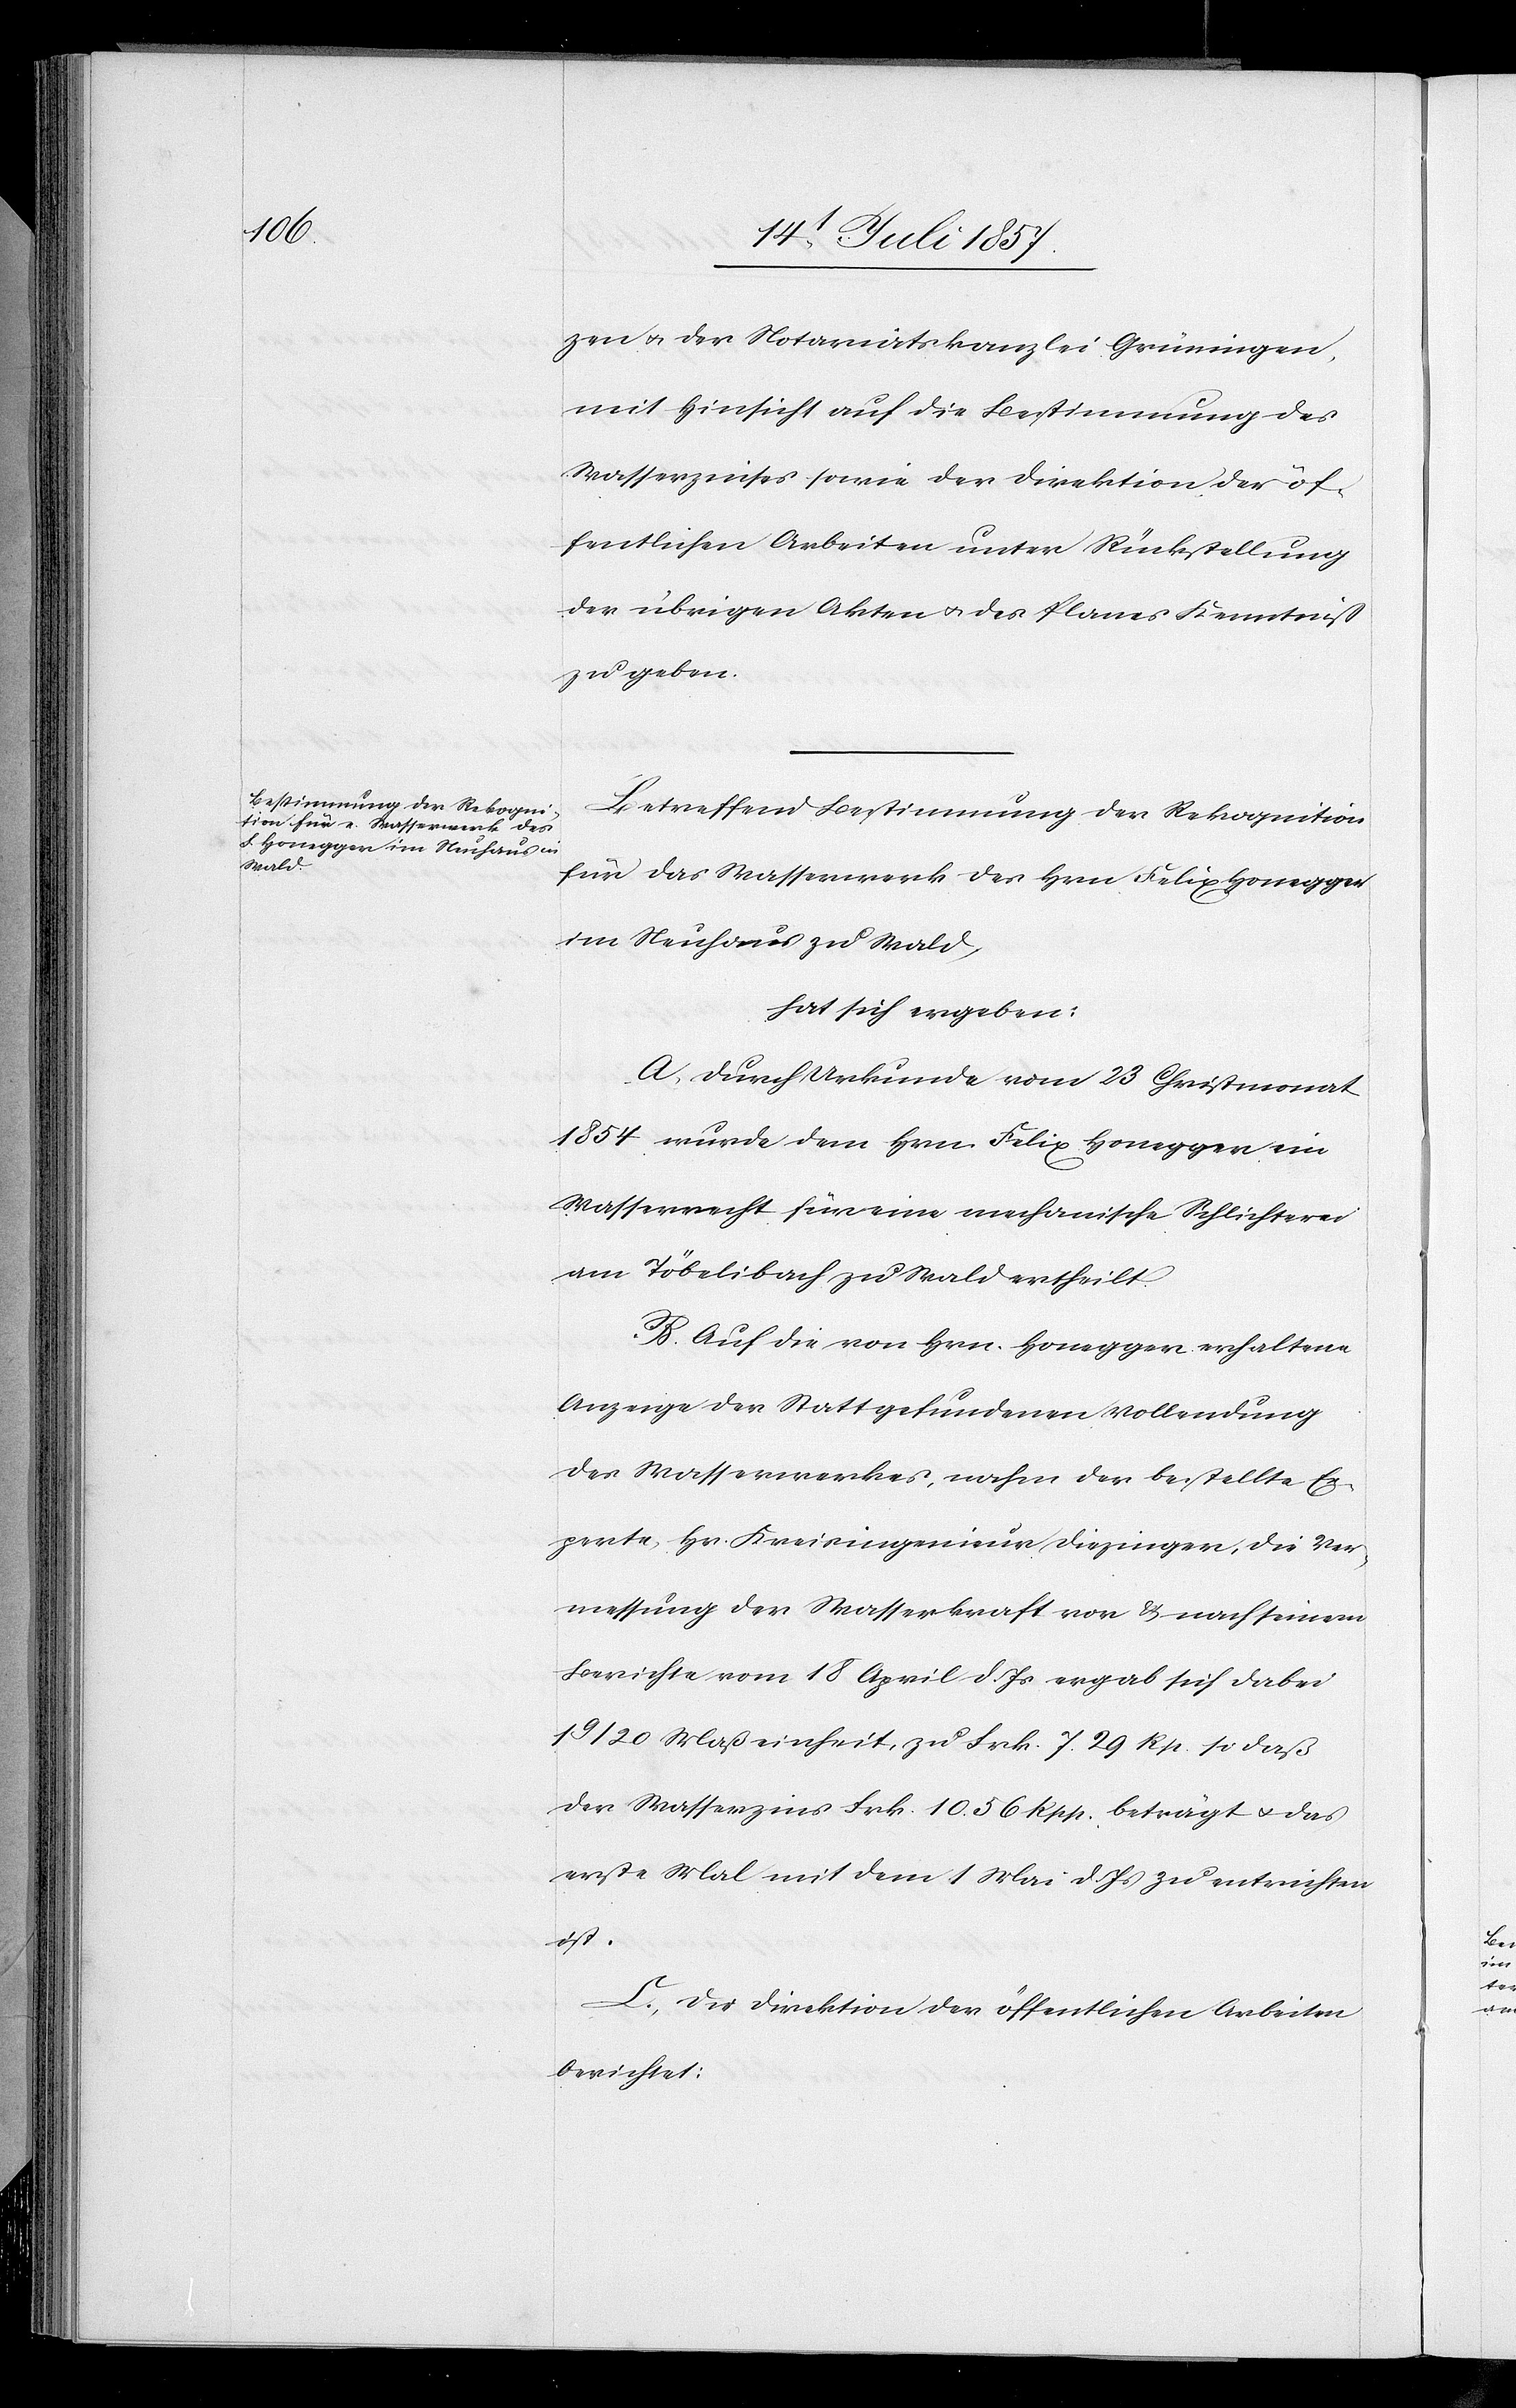
zen & der Notariatskanzlei Grüningen,
mit Hinsicht auf die Bestimmung des
Wasserzinses sowie der Direktion der öf¬
fentlichen Arbeiten unter Rückstellung
der übrigen Akten & des Planes Kenntniß
zu geben.
Betreffend Bestimmung der Rekognition
für das Wasserwerk des Hrn. Felix Honegger
im Neuhaus zu Wald,
hat sich ergeben:
A. Durch Urkunde vom 23 Christmonat
1854 wurde dem Hrn. Felix Honegger ein
Wasserrecht für eine mechanische Schlichterei
am Töbelibach zu Wald ertheilt.
B. Auf die von Hrn. Honegger erhaltene
Anzeige der Statt gefundenen Vollendung
des Wasserwerkes, nahm der bestellte Ex¬
perte Hr. Kreisingenieur Diezinger, die Ver¬
messung der Wasserkraft vor & nach seinem
Berichte vom 18 April d. Js. ergab sich dabei
19/20 Maßeinheit, zu Frk. 7. 29 Rp. so daß
der Wasserzins Frk. 10. 56 Rp. beträgt & das
erste Mal mit dem 1 Mai d. Js. zu entrichten
ist.
C. Die Direktion der öffentlichen Arbeiten
berichtet: